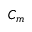
C _ { m }